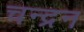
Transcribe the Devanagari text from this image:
चन्‍द्रन